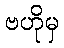
ဗဟိုမှ